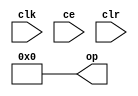
module sysgen_constant_a73b1fb775 (
  output [(32 - 1):0] op,
  input clk,
  input ce,
  input clr);
  assign op = 32'b00000000000000000000000000000000;
endmodule